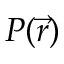
P ( \vec { r } )